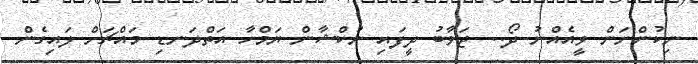
ނިކުންނަން ވީއެއްނު ދޯ.. ޖަވާބު ދީފައި ނުކްޝާން ޔަމްހާ އަތްދަނޑި މައްޗަށް ލައިގެން